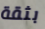
بثقة